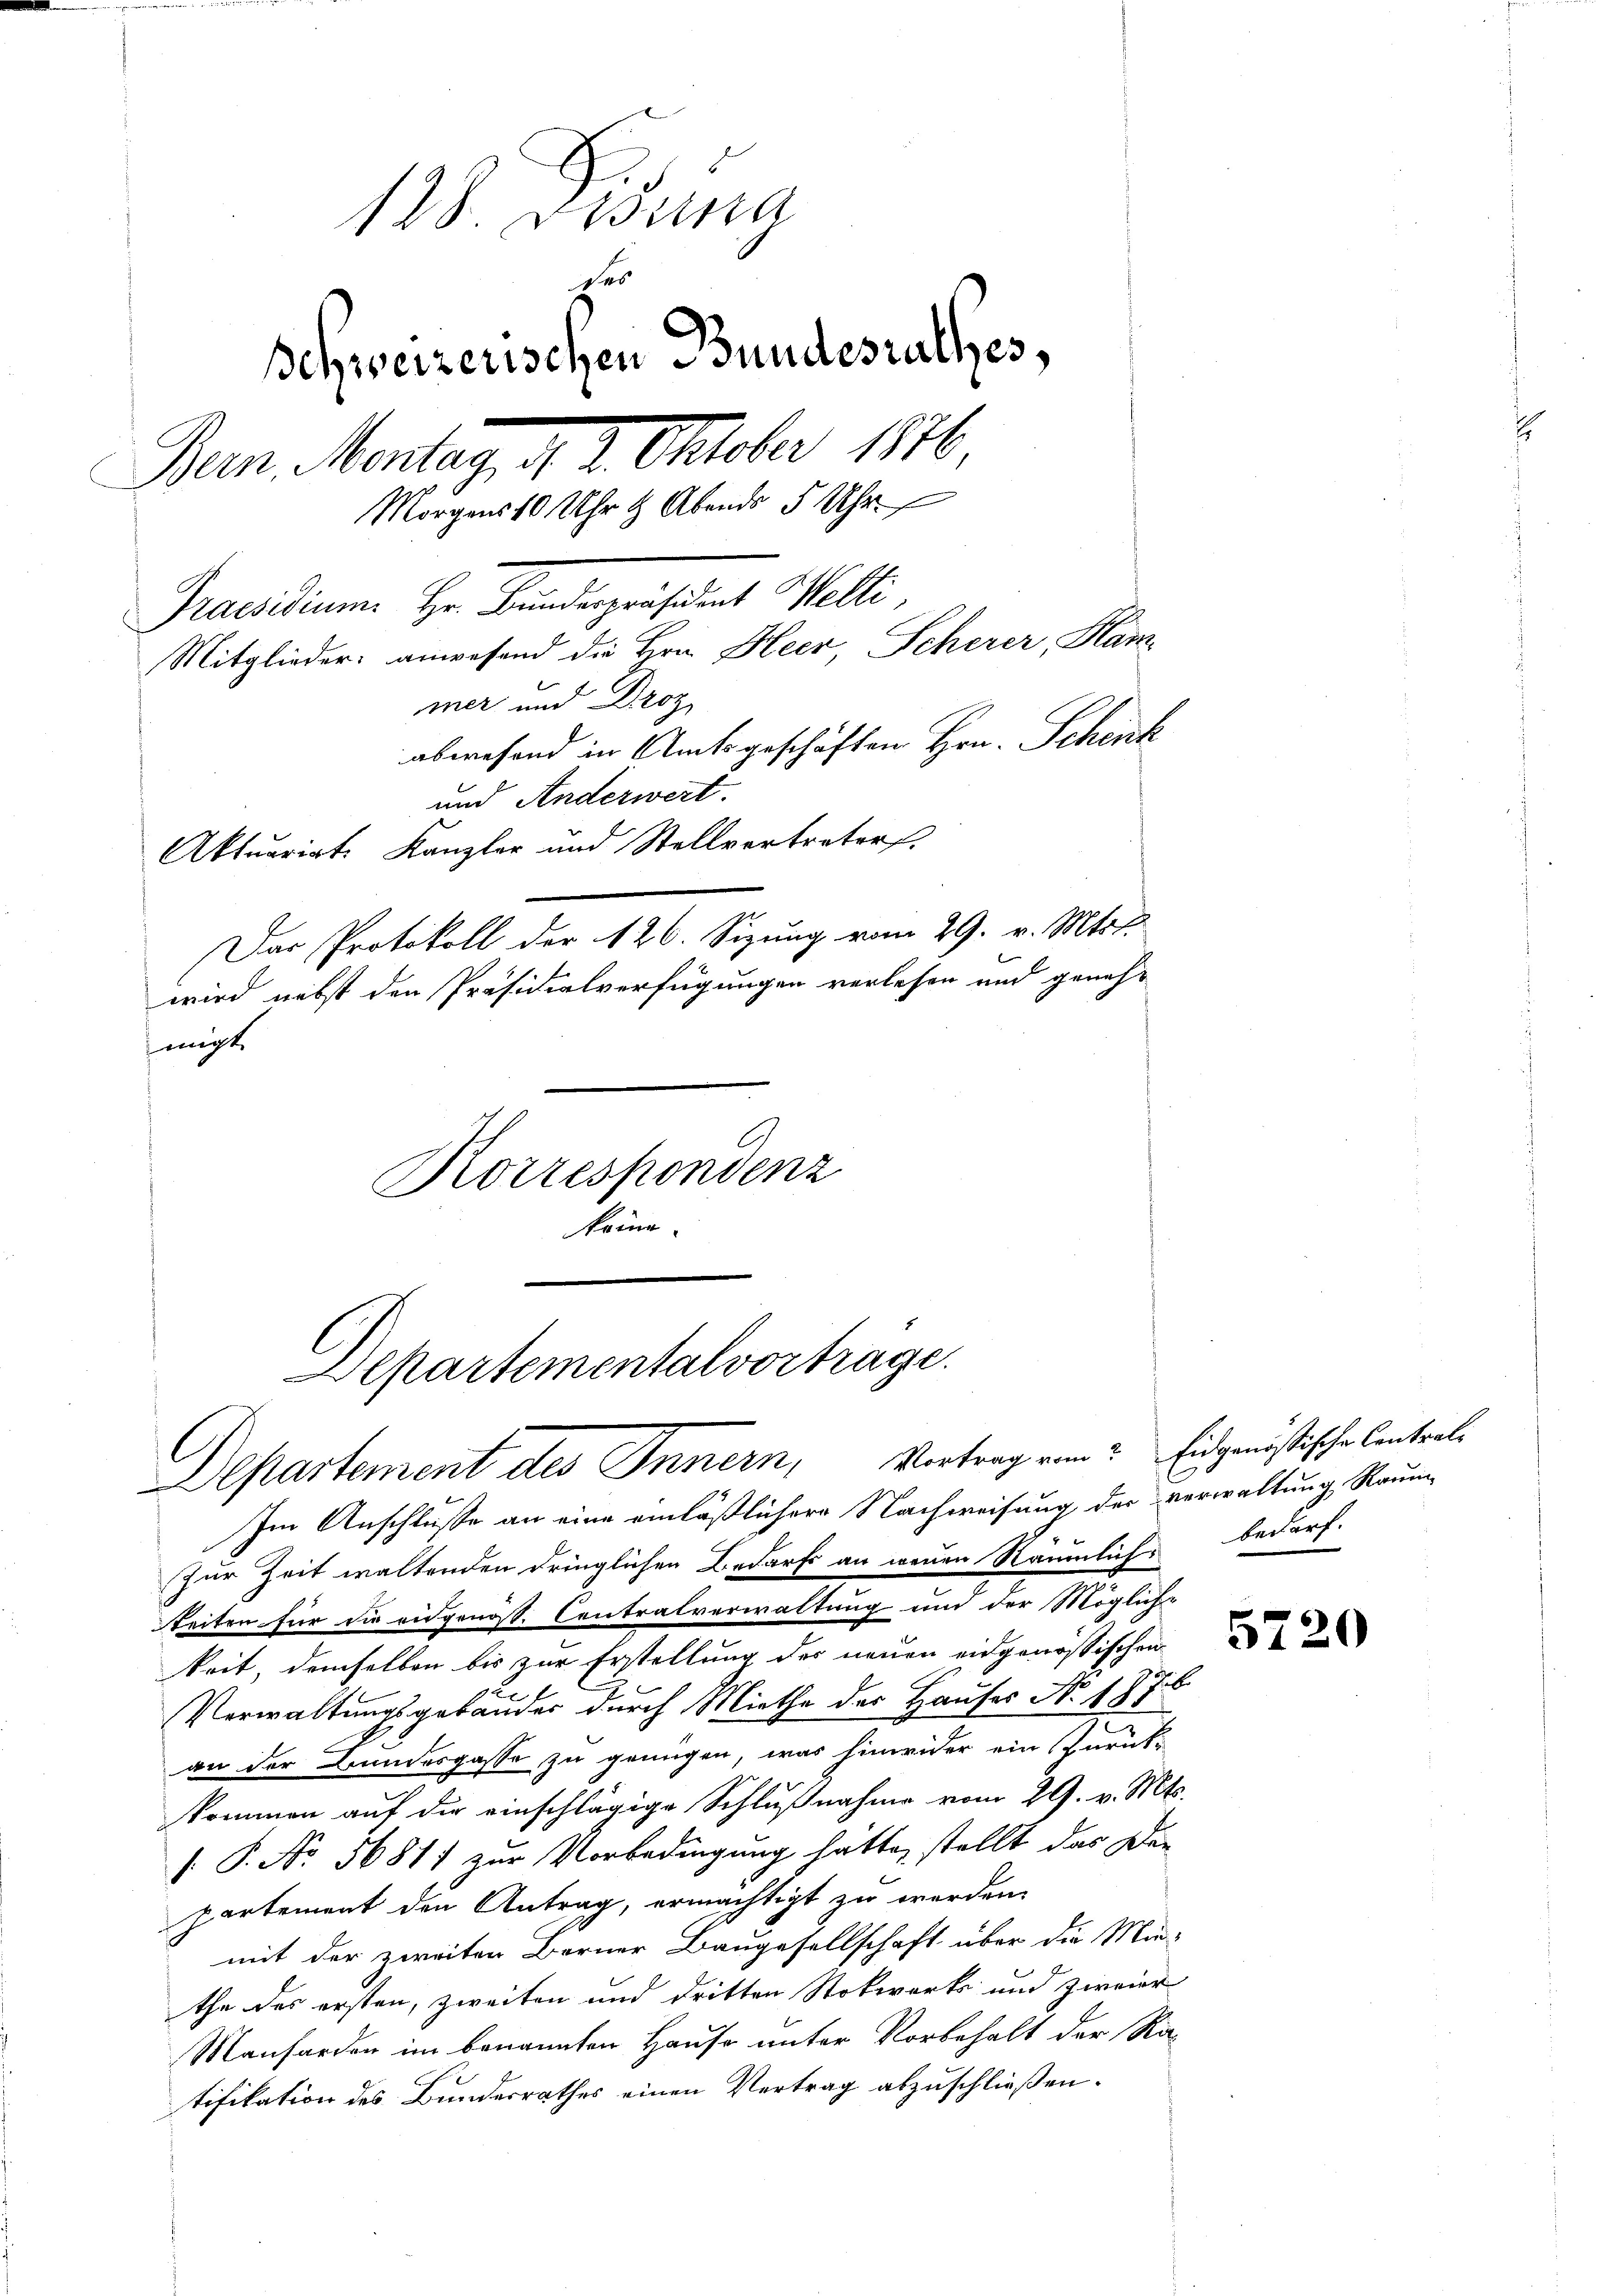
128. Disena
6
g
schweizerischen Bundesrathes,
e
Bern, Montag d. 2. Oktober 1876
Morgens 10 Uhr & Abends 5 Uhr
Praesidium Hr. Bundepresamt Welti
Mitglieder: anwesend die Hrn. Heer, Scherer, Hammer und Droz
abwesend in Amtsgeschäften Hrn. Schenk
und Anderwert.
Aktuarirte Kanzler und Stellvertreter

Das Protokoll der 126. Sizung vom 29. v. Mts.
wird nebst den Präsidialverfügungen verlesen und genehmigt

Korrespondenz
könne.

Departementalvortrage.
Departement des Innern, Vortrag von Eidgenössische Contrali

Im Anschlusse an eine einläßlichere Nachweisung der Verwaltung Raum
Zur Zeit waltenden dringlichen Bedarf an neuen Räumlich bedarf.
Reiten für die eidgenöss. Centralverwaltung und der Möglich-
keit, demselben bis zur Erstellung der neuen eidgenössischen
Verwaltungsgebäuder durch Miethe des Hauses No 1876
an der Bundesgasse zu genügen, was hinwider ein Zurück-
kommen auf der einschlägige Schlußnahme vom 29. v. Mts.
 P. No. 56811 zur Vorbedingung hätte, stellt das Der
partement den Antrag, ermächtigt zu werden.
mit der zweiten Berner Baugesellschaft über die Min-
the des ersten, zweiten und dritten Stokwärts und zweier
Manforden im benannten Hause unter Vorbehalt der Ra-
tifikation des Bundesrathes einen Vertrag abzuschließen.

5720